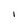
Character: I